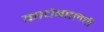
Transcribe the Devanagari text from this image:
काचेबद्दलची